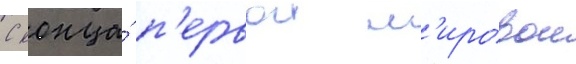
С конца́ п'ервои м'ировои